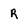
Character: R